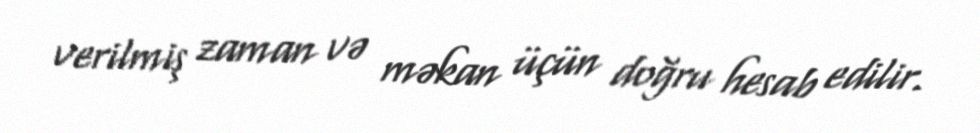
verilmiş zaman və məkan üçün doğru hesab edilir.